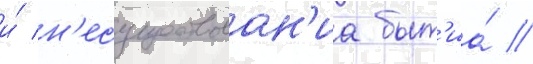
и́ н'есуществован'иа быт'иа́ //